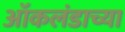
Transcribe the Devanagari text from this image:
ऑकलंडाच्या